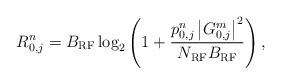
\begin{align*} R_{0,j}^n=B_{\rm RF} \log_2 \left( 1 + \frac{p_{0,j}^n \left|G_{0,j}^m\right|^2}{N_{\rm RF}B_{\rm RF}}\right),\end{align*}